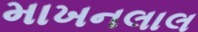
માખનલાલ